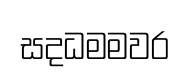
සදධමමවර